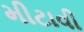
મીટાવી